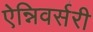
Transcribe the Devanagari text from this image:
ऐन्निवर्सरी